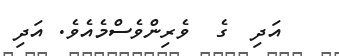
އަދި  ގެ  ވެރިންވެސްމެއެވެ. އަދި